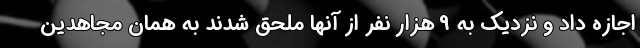
اجازه داد و نزدیک به 9 هزار نفر از آنها ملحق شدند به همان مجاهدین